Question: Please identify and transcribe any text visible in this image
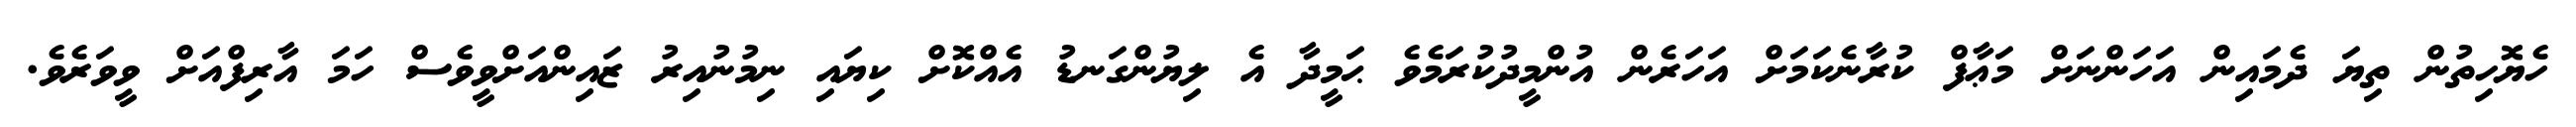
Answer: ހެޔޮހިތުން ތިޔަ ދެމައިން އަހަންނަށް މަޢާފް ކުރާނެކަމަށް އަހަރެން އުންމީދުކުރަމެވެ ޙަމީދާ އެ ލިޔުންގަނޑު އެއްކޮށް ކިޔައި ނިމުނުއިރު ޒައިންއަށްވީވެސް ހަމަ އާރިފްއަށް ވީވަރެވެ.